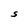
Character: S